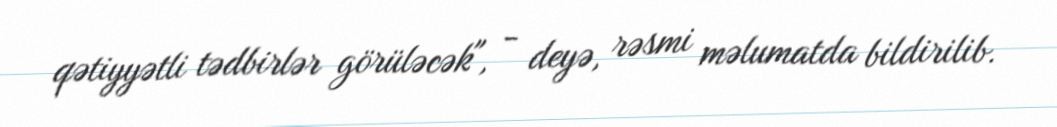
qətiyyətli tədbirlər görüləcək", - deyə, rəsmi məlumatda bildirilib.